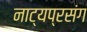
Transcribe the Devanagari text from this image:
नाट्यप्रसंग